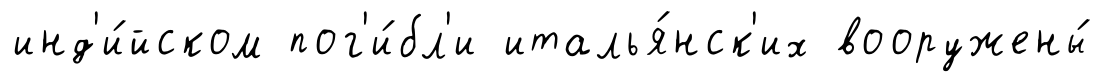
инд'и́йском пог'и́бл'и италья́нск'их вооружены́